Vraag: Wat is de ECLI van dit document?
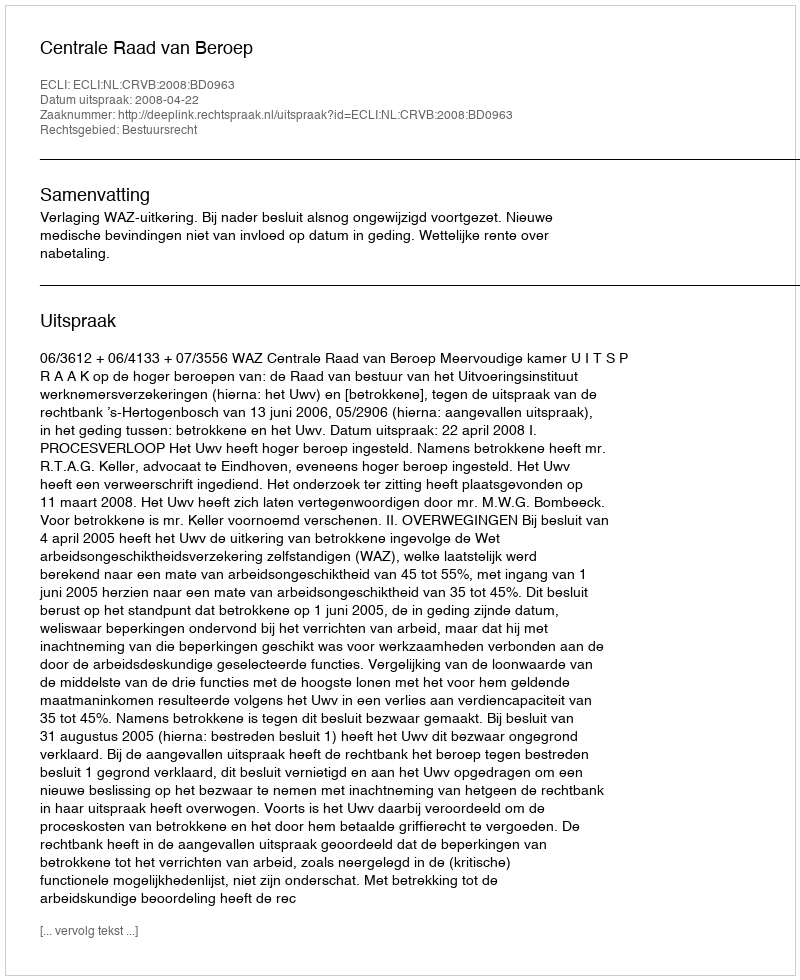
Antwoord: ECLI:NL:CRVB:2008:BD0963